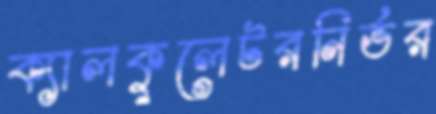
ক্যালকুলেটরনির্ভর